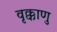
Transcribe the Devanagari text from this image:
वृक्काणु